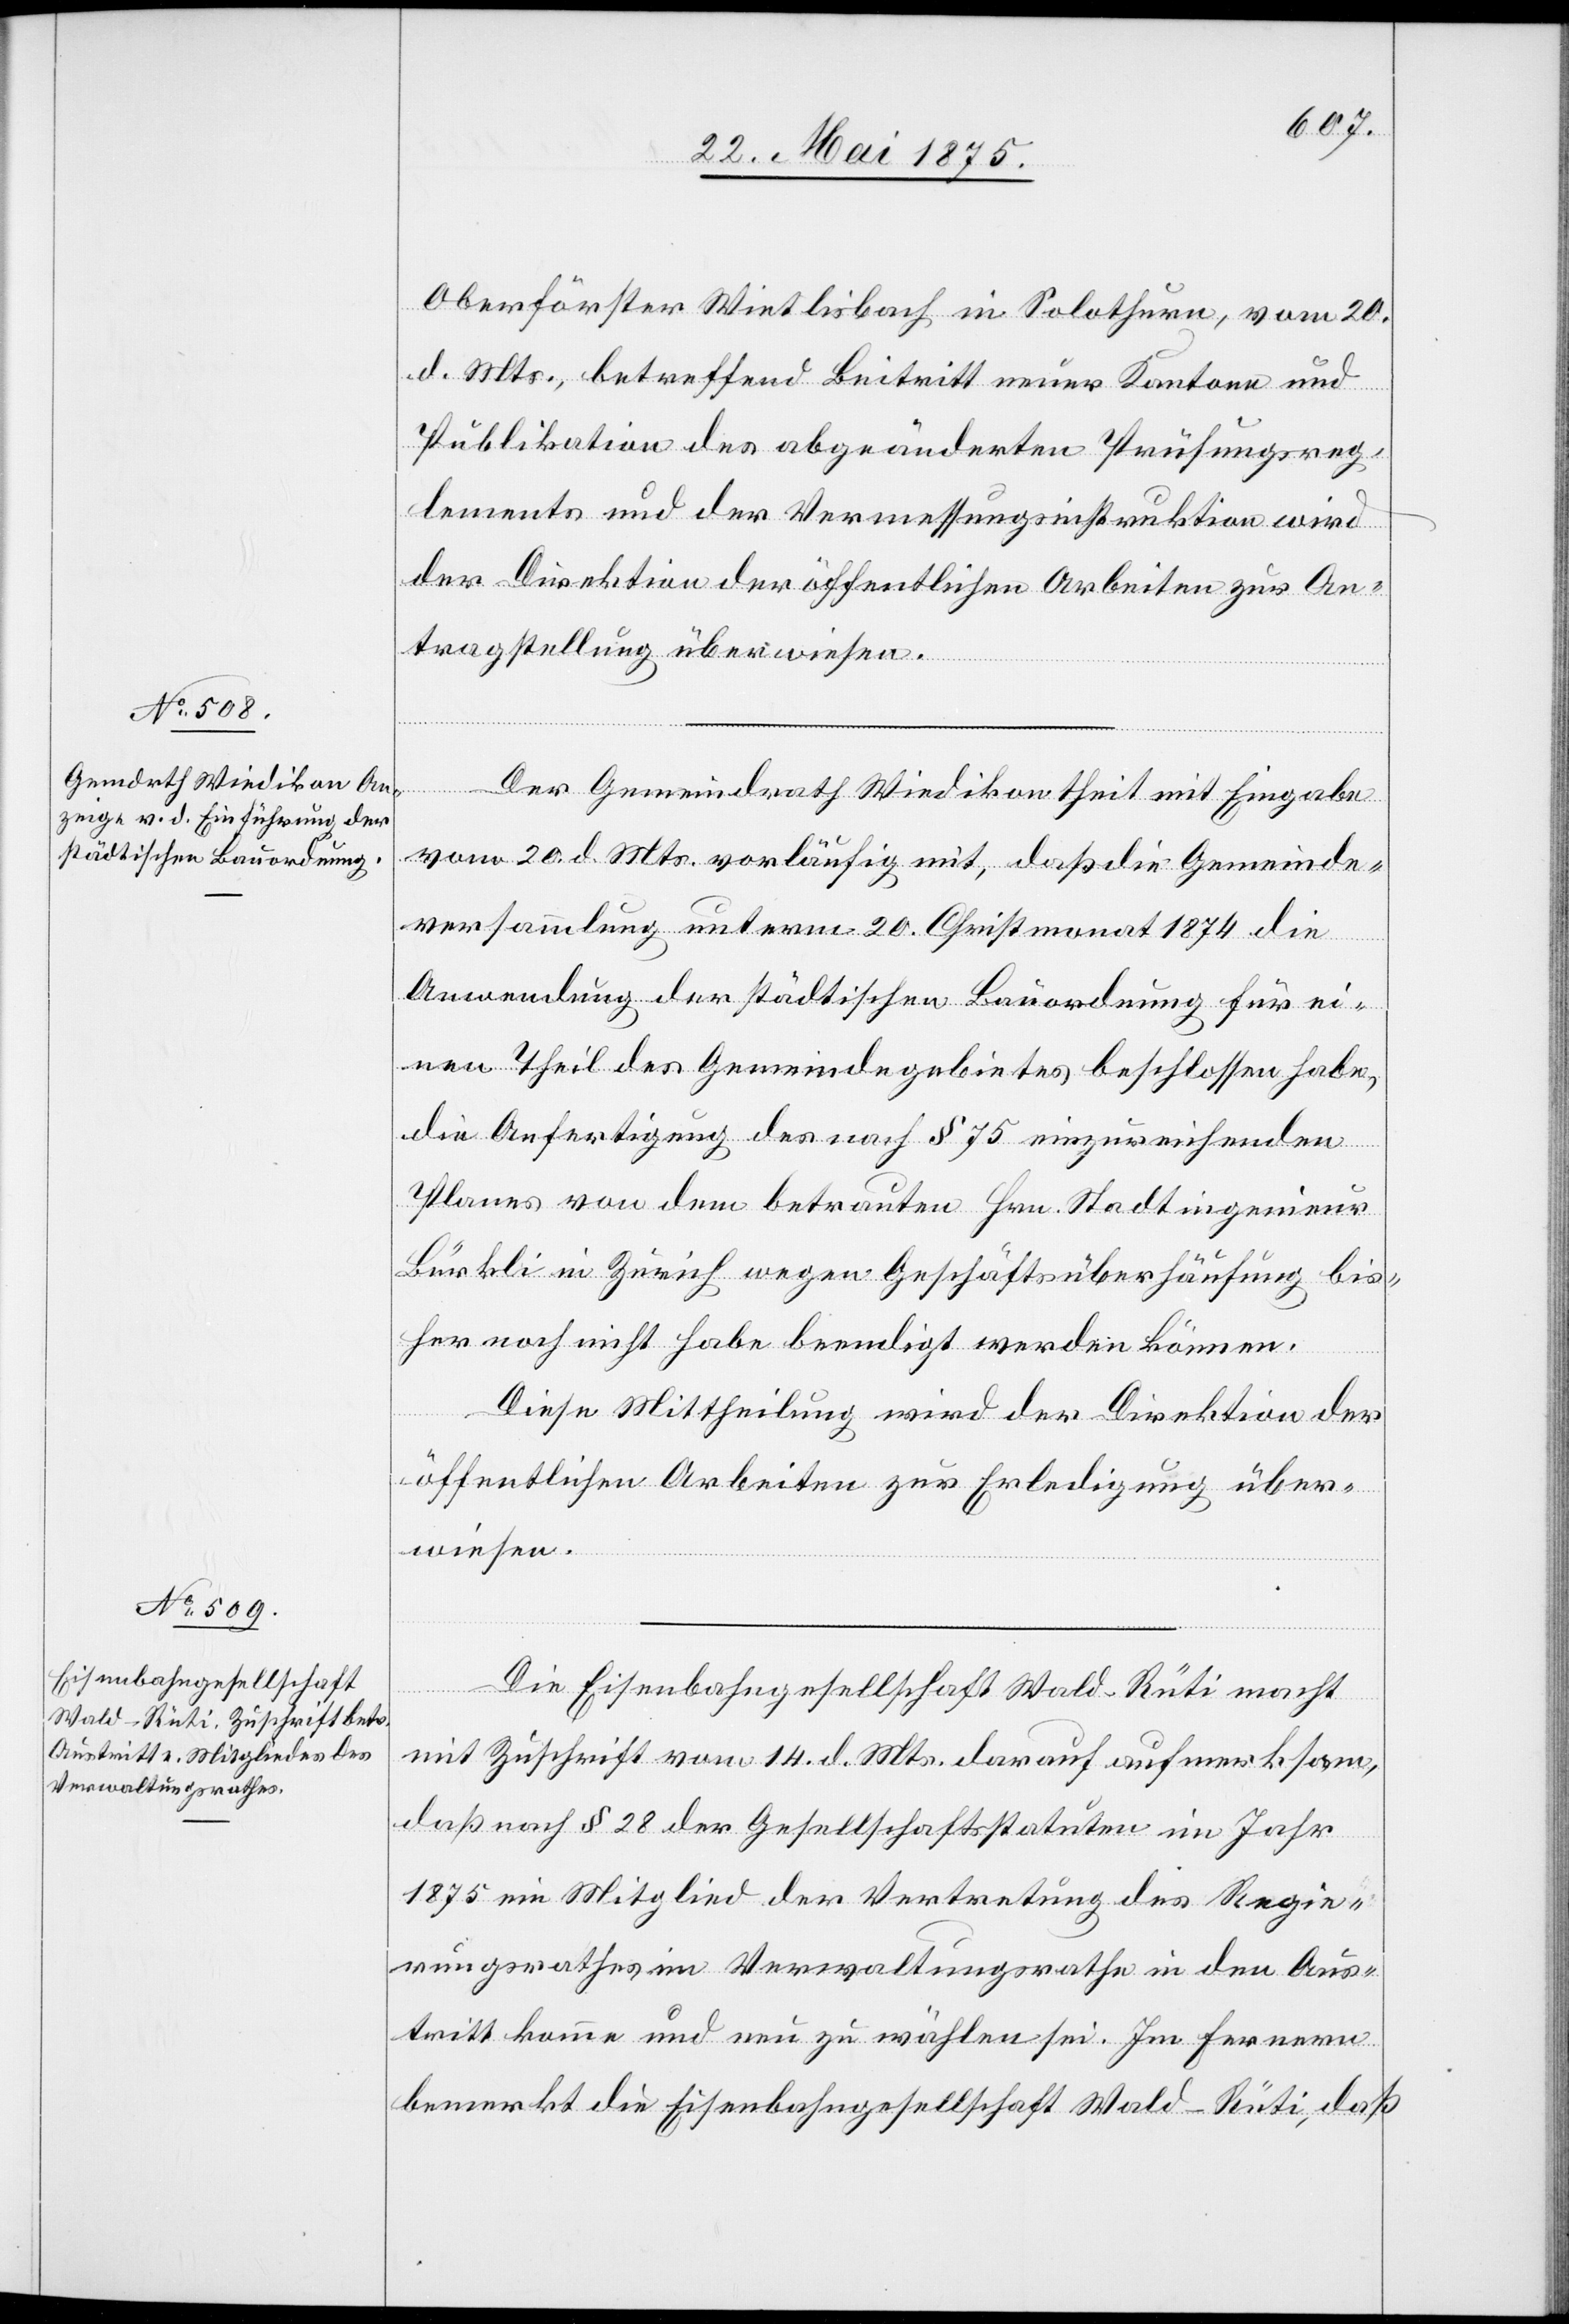
Oberförster Wietlisbach in Solothurn, vom 20.
d. Mts. betreffend Beitritt neuer Kantone und
Publikation des abgeänderten Prüfungsreg¬
lements und der Vermessungsinstruktion wird
der Direktion der öffentlichen Arbeiten zur An¬
tragstellung überwiesen.
vom 20. d. Mts. vorläufig mit, daß die Gemeinde¬
versammlung unterm 20. Christmonat 1874 die
Anwendung der städtischen Bauordnung für ei¬
nen Theil des Gemeindegebietes beschlossen habe,
die Anfertigung des nach § 75 einzureichenden
Planes von dem betrauten Hrn. Stadtingenieur
Bürkli in Zürich wegen Geschäftsüberhäufung bis¬
her noch nicht habe beendigt werden können.
Eingabe
Diese Mittheilung wird der Direktion der
öffentlichen Arbeiten zur Erledigung über¬
wiesen.
Die Eisenbahngesellschaft Wald–Rüti macht
mit Zuschrift vom 14. d. Mts. darauf aufmerksam,
daß nach § 28 der Geschäftsstatuten im Jahr
1875 ein Mitglied der Vertretung des Regie¬
rungsrathes im Verwaltungsrathe in den Aus¬
tritt komme und neu zu wählen sei. Im Fernern
bemerkt die Eisenbahngesellschaft Wald–Rüti, daß